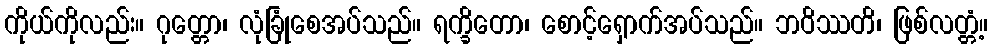
ကိုယ်ကိုလည်း။ ဂုတ္တော၊ လုံခြုံစေအပ်သည်။ ရက္ခိတော၊ စောင့်ရှောက်အပ်သည်။ ဘဝိဿတိ၊ ဖြစ်လတ္တံ့။